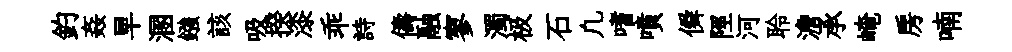
釣姦旱溷鏹該吸揆漆乖詩儔融寥濁极石凢嗜噴僢陘河聆澹承崦房喃